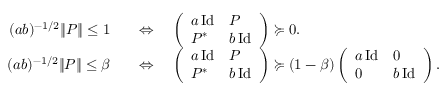
\begin{array} { r l } { ( a b ) ^ { - 1 / 2 } \| P \| \leq 1 } & { \quad \Leftrightarrow \quad \left( \begin{array} { l l } { a \, \mathrm { I d } } & { P } \\ { P ^ { * } } & { b \, \mathrm { I d } } \end{array} \right) \succcurlyeq 0 . } \\ { ( a b ) ^ { - 1 / 2 } \| P \| \leq \beta } & { \quad \Leftrightarrow \quad \left( \begin{array} { l l } { a \, \mathrm { I d } } & { P } \\ { P ^ { * } } & { b \, \mathrm { I d } } \end{array} \right) \succcurlyeq ( 1 - \beta ) \left( \begin{array} { l l } { a \, \mathrm { I d } } & { 0 } \\ { 0 } & { b \, \mathrm { I d } } \end{array} \right) . } \end{array}